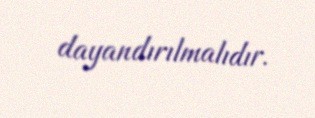
dayandırılmalıdır.